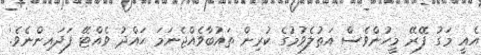
އެއީ މަގު ފޭރޭ މީހުންވެސް އަތުލެވުމުގެ ކުރިން ތައުބާވެއްޖެނަމަ ޙައްދު ވެއްޓޭ ފަދައިންނެވެ.'